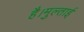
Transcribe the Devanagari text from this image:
है।मुल्ताई